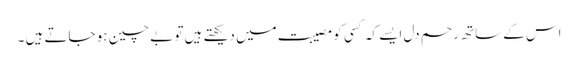
اس کے ساتھ رحم دل ایسے کہ کسی کو مصیبت میں دیکھتے ہیں تو بے چین ہو جاتے ہیں ۔